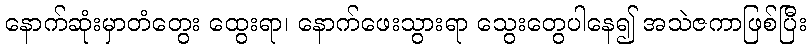
နောက်ဆုံးမှာတံတွေး ထွေးရာ၊ နောက်ဖေးသွားရာ သွေးတွေပါနေ၍ အသဲဇကာဖြစ်ပြီး